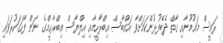
ރައީސް މައުމޫނާއި ގާތް ދެބޭފުޅުންކަމަށްވާ އައްބާސް އިބްރާހީމާއި އިލްޔާސް އިބްރާހީމްގެ ނަން ފާހަގަކުރަވައި